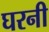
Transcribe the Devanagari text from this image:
घरनी